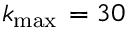
k _ { \operatorname* { m a x } { } } = 3 0